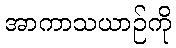
အာကာသယာဉ်ကို